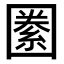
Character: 𡈢